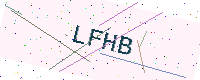
Text: LFHB